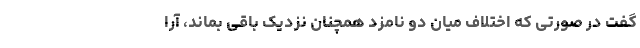
گفت در صورتی که اختلاف میان دو نامزد همچنان نزدیک باقی بماند، آرا